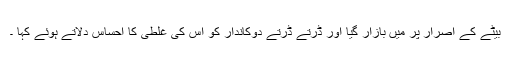
بیٹے کے اصرار پر میں بازار گیا اور ڈرتے ڈرتے دوکاندار کو اُس کی غلطی کا احساس دلاتے ہوئے کہا ۔